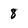
Character: 8